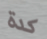
كدة